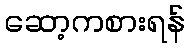
ဆော့ကစားရန်